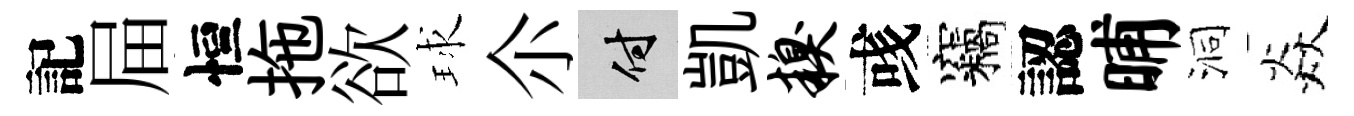
記屇恒拖欲球尒付凱糗彧竊認晡洞焱